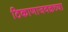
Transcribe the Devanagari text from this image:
ठिकाणाजवळच्या